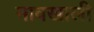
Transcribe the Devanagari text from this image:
नावखाली